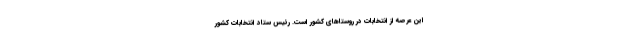
این عرصه از انتخابات در روستاهای کشور است. رئیس ستاد انتخابات کشور